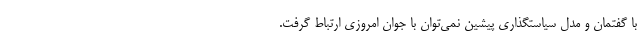
با گفتمان و مدل سیاستگذاری پیشین نمی‌توان با جوان امروزی ارتباط گرفت.